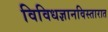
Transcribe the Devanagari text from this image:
विविधज्ञानविस्तारात